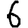
Digit: 6